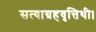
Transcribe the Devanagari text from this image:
सत्याग्रहवृत्तिथी।